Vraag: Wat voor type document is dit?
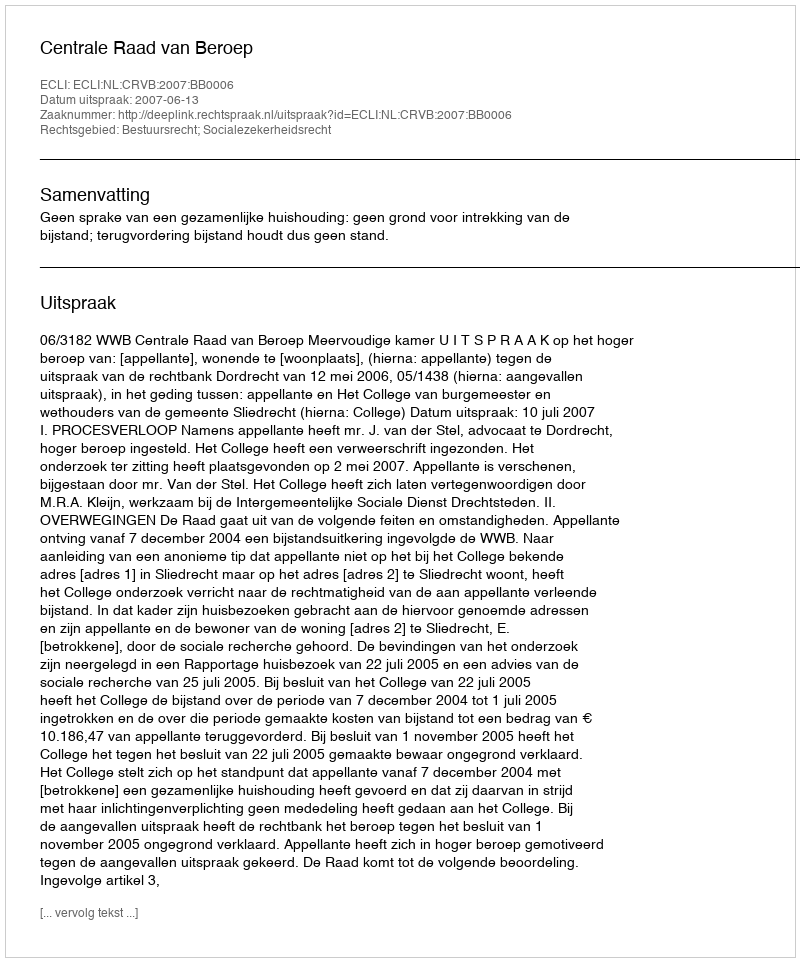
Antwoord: Uitspraak